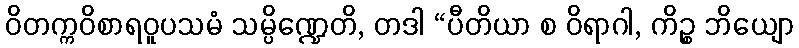
ဝိတက္ကဝိစာရဝူပသမံ သမ္ပိဏ္ဍေတိ, တဒါ “ပီတိယာ စ ဝိရာဂါ, ကိဉ္စ ဘိယျော